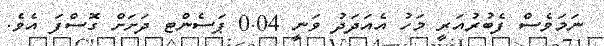
ނަމަވެސް ފެބުރުއަރީ މަހު އެއަދަދު ވަނީ 0.04 ޕަސެންޓ ދަށަށް ގޮސްފަ އެވެ.